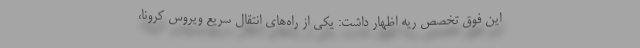
این فوق تخصص ریه اظهار داشت: یکی از راه‌های انتقال سریع ویروس کرونا،